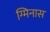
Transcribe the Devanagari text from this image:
ग्मिनास